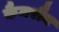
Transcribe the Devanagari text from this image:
कैमरौन